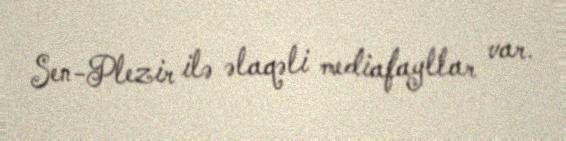
Sen-Plezir ilə əlaqəli mediafayllar var.